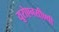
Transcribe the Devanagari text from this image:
यूरोएनसीएपी